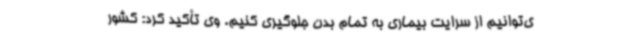
ی‌توانیم از سرایت بیماری به تمام بدن جلوگیری کنیم. وی تأکید کرد: کشور